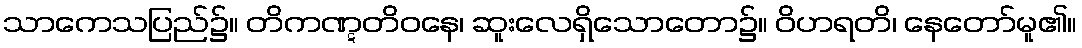
သာကေသပြည်၌။ တိကဏ္ဋတိဝနေ၊ ဆူးလေရှိသောတော၌။ ဝိဟရတိ၊ နေတော်မူ၏။